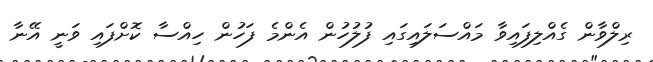
ރިލްވާން ގެއްލިފައިވާ މަައްސަލައިގައި ފުލުހުން އެންމެ ފަހުން ހިއްސާ ކޮށްފައި ވަނީ އޭނާ